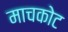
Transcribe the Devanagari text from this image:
माचकोट